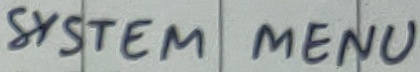
Text: SYSTEM MENU